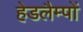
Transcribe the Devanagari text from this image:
हेडलैम्पों